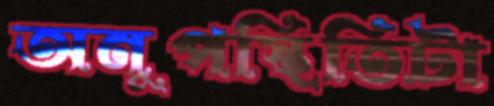
অনুপস্থিতিটা